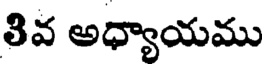
తివ అధ్యాయము